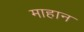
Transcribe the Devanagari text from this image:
माहान